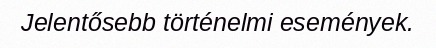
Jelentősebb történelmi események.